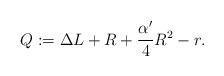
LaTeX: \begin{align*}Q:=\Delta L+R+\frac{\alpha'}{4}R^2-r.\end{align*}